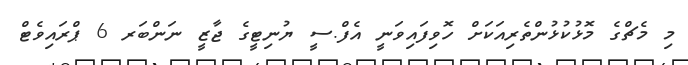
މި މެޗްގެ މޮޅުކުޅުންތެރިއަކަށް ހޮވިފައިވަނީ އެފް.ސީ ޔުނިޓީގެ ޖާޒީ ނަންބަރ 6 ޕްރައިވެޓް